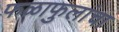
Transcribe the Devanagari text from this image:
फळाफुलांचा